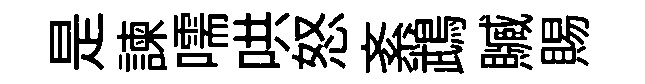
是諫嚅哄怒紊鵡贓賜